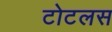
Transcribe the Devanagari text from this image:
टोटलस